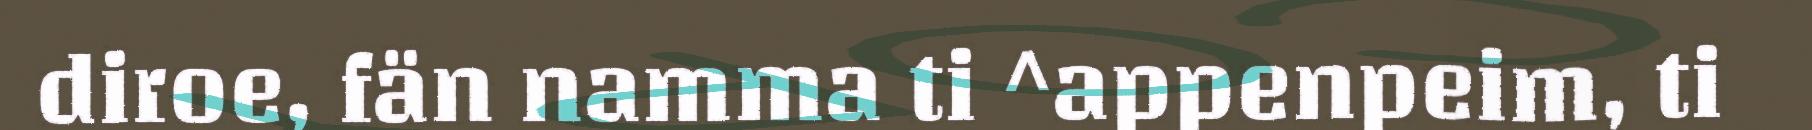
diroe, fän namma ti ^appenpeim, ti